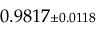
0 . 9 8 1 7 { \scriptstyle \pm 0 . 0 1 1 8 }